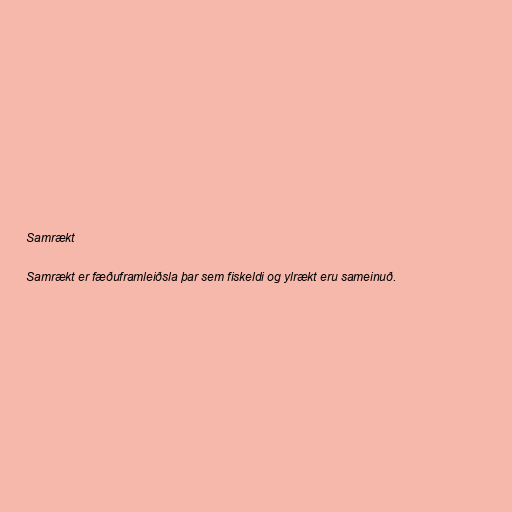
Samrækt

Samrækt er fæðuframleiðsla þar sem fiskeldi og ylrækt eru sameinuð.